Civil Veterinary Dept. Assam report 1927-50 - 1927-1950
Year: 1927
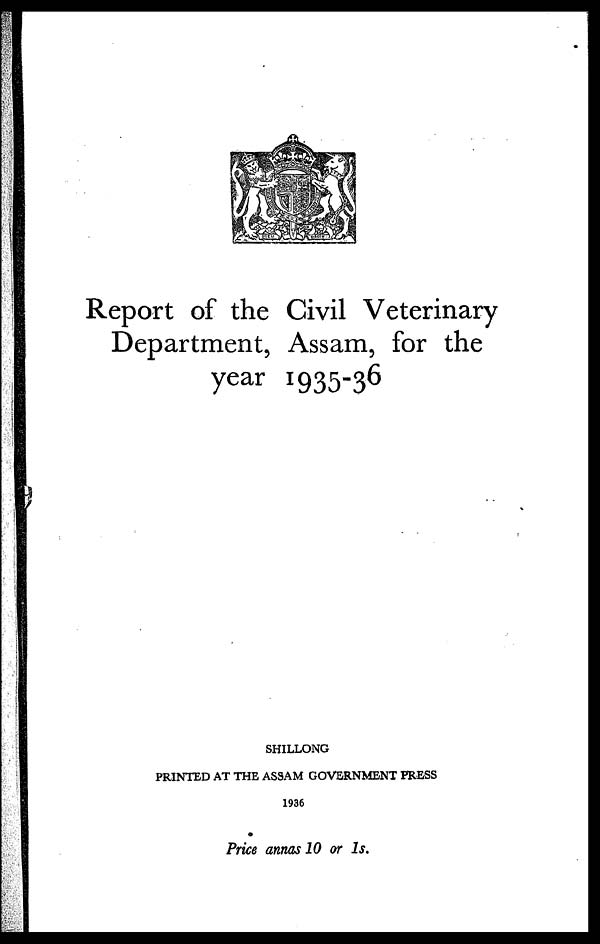
Report of the Civil Veterinary
Department, Assam, for the
year 1935-36
SHILLONG
PRINTED AT THE ASSAM GOVERNMENT PRESS
1936
Price annas 10 or 1s.